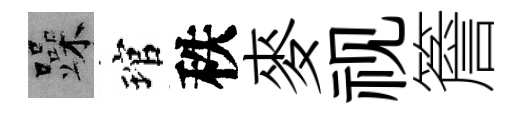
躁琯秩麥视簷